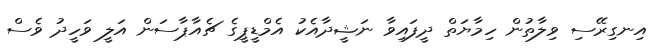
އިނގިރޭސި ވިލާތުން ހިމާޔަތް ދީފައިވާ ނަޝީދާއެކު އެމްޑީޕީގެ ޗެއާޕާސަން އަލީ ވަހީދު ވެސް